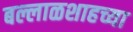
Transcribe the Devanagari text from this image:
बल्लाळशाहच्या